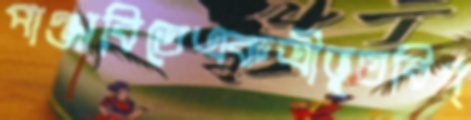
পাঞ্জাবিতেএকত্রীভূতবিগ্